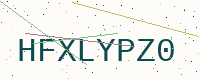
Text: HFXLYPZ0